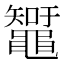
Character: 䵹